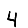
Digit: 4